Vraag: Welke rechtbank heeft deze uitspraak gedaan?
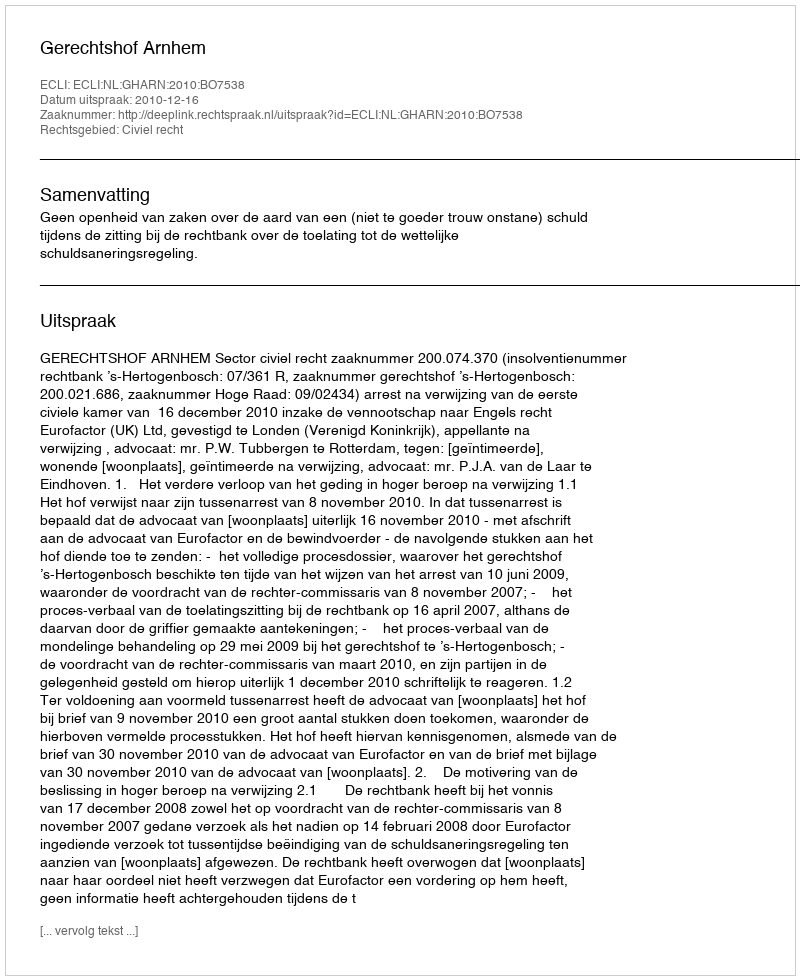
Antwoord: Gerechtshof Arnhem